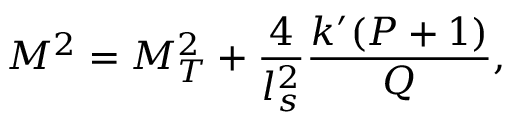
M ^ { 2 } = M _ { T } ^ { 2 } + \frac { 4 } { l _ { s } ^ { 2 } } \frac { k ^ { \prime } ( P + 1 ) } { Q } ,